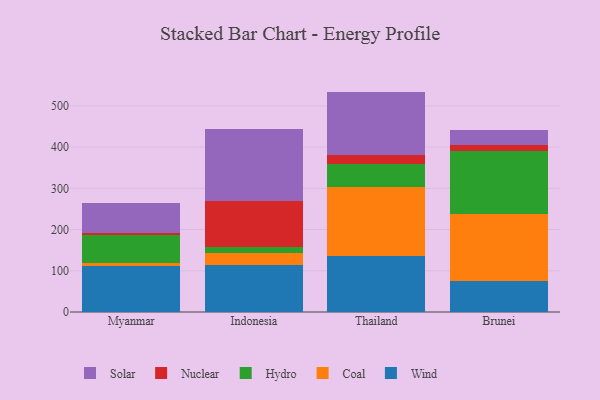
{"axis": {"x": "Country", "y": "Temperature (°C)"}, "legend": ["Coal", "Hydro", "Nuclear", "Solar", "Wind"], "data": [{"x": "Myanmar", "y": 112.0, "type": "Wind"}, {"x": "Myanmar", "y": 6.5, "type": "Coal"}, {"x": "Myanmar", "y": 67.8, "type": "Hydro"}, {"x": "Myanmar", "y": 5.4, "type": "Nuclear"}, {"x": "Myanmar", "y": 73.6, "type": "Solar"}, {"x": "Indonesia", "y": 113.7, "type": "Wind"}, {"x": "Indonesia", "y": 28.7, "type": "Coal"}, {"x": "Indonesia", "y": 14.4, "type": "Hydro"}, {"x": "Indonesia", "y": 111.2, "type": "Nuclear"}, {"x": "Indonesia", "y": 175.8, "type": "Solar"}, {"x": "Thailand", "y": 136.9, "type": "Wind"}, {"x": "Thailand", "y": 165.7, "type": "Coal"}, {"x": "Thailand", "y": 57.5, "type": "Hydro"}, {"x": "Thailand", "y": 20.3, "type": "Nuclear"}, {"x": "Thailand", "y": 154.1, "type": "Solar"}, {"x": "Brunei", "y": 75.6, "type": "Wind"}, {"x": "Brunei", "y": 160.9, "type": "Coal"}, {"x": "Brunei", "y": 153.1, "type": "Hydro"}, {"x": "Brunei", "y": 15.7, "type": "Nuclear"}, {"x": "Brunei", "y": 36.2, "type": "Solar"}]}